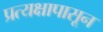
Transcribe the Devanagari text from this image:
प्रत्यक्षापासून